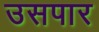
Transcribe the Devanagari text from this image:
उसपार